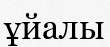
ұйалы